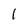
Character: l